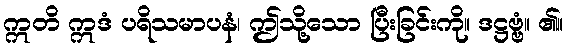
ဣတိ ဣဒံ ပရိသမာပနံ၊ ဤသို့သော ပြီးခြင်းကို။ ဒဋ္ဌဗ္ဗံ။ ၏။